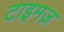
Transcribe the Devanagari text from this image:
टाइमज़